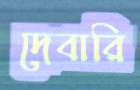
দেবারি